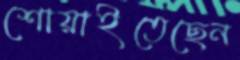
শোয়াইতেছেন